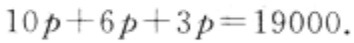
\(10p + 6p+3p = 19000\)